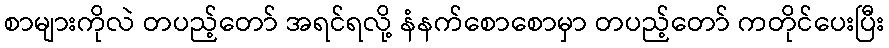
စာများကိုလဲ တပည့်တော် အရင်ရလို့ နံနက်စောစောမှာ တပည့်တော် ကတိုင်ပေးပြီး